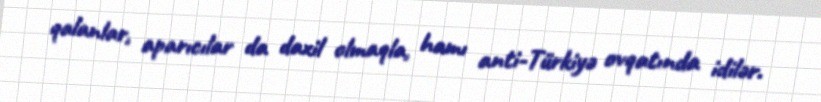
qalanlar, aparıcılar da daxil olmaqla, hamı anti-Türkiyə ovqatında idilər.